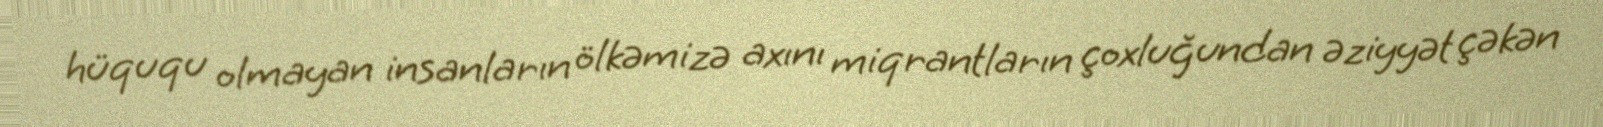
hüququ olmayan insanların ölkəmizə axını miqrantların çoxluğundan əziyyət çəkən